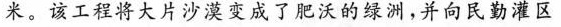
米。该工程将大片沙漠变成了肥沃的绿洲，并向民勤灌区